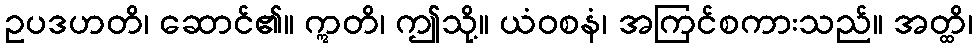
ဥပဒဟတိ၊ ဆောင်၏။ ဣတိ၊ ဤသို့။ ယံဝစနံ၊ အကြင်စကားသည်။ အတ္ထိ၊